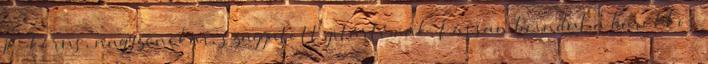
jó: kórus, nagyzenekar, szaggatott gitártémák. Lassan beindul a barokkos